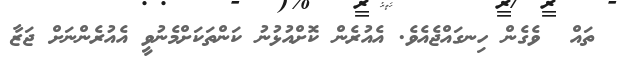
ތައް  ވެގެން ހިނގައްޖެއެވެ. އެއުރެން ކޮށްއުޅުނު ކަންތަކަށްމެނުވީ އެއުރެންނަށް ޖަޒާ